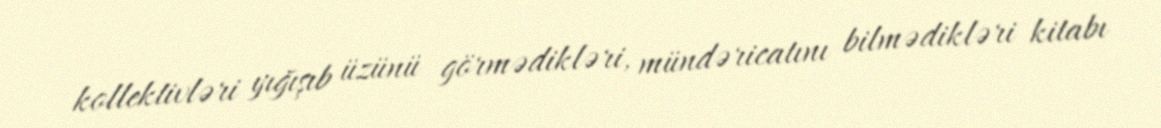
kollektivləri yığışıb üzünü görmədikləri, mündəricatını bilmədikləri kitabı